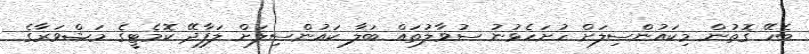
ބެހޭ ގޮތުން މިކައުންސިލަށް ހުށަހެޅުނު ސުވާލުތައް ބަލާ ކައުންސިލަށް ލަފާދޭ ކޮމެޓީގެ މަޝްވަރާގެ